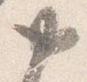
如